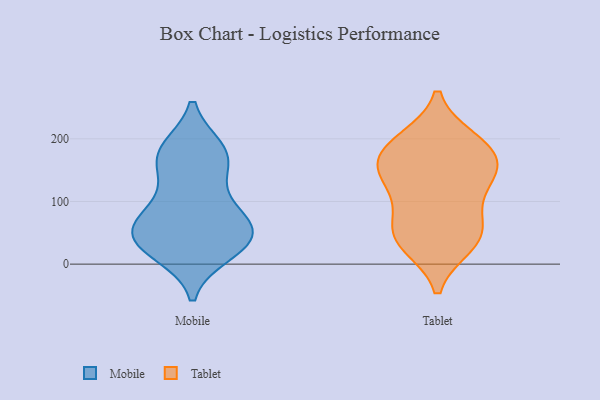
{"axis": {"x": "Churn Rate (%)", "y": "Value"}, "legend": ["Mobile", "Tablet"], "data": [{"x": "", "y": 38, "type": "Mobile"}, {"x": "", "y": 178, "type": "Mobile"}, {"x": "", "y": 52, "type": "Mobile"}, {"x": "", "y": 46, "type": "Mobile"}, {"x": "", "y": 168, "type": "Mobile"}, {"x": "", "y": 72, "type": "Mobile"}, {"x": "", "y": 182, "type": "Mobile"}, {"x": "", "y": 173, "type": "Mobile"}, {"x": "", "y": 33, "type": "Mobile"}, {"x": "", "y": 30, "type": "Mobile"}, {"x": "", "y": 19, "type": "Mobile"}, {"x": "", "y": 77, "type": "Mobile"}, {"x": "", "y": 81, "type": "Mobile"}, {"x": "", "y": 129, "type": "Mobile"}, {"x": "", "y": 182, "type": "Tablet"}, {"x": "", "y": 98, "type": "Tablet"}, {"x": "", "y": 162, "type": "Tablet"}, {"x": "", "y": 135, "type": "Tablet"}, {"x": "", "y": 135, "type": "Tablet"}, {"x": "", "y": 190, "type": "Tablet"}, {"x": "", "y": 47, "type": "Tablet"}, {"x": "", "y": 52, "type": "Tablet"}, {"x": "", "y": 155, "type": "Tablet"}, {"x": "", "y": 44, "type": "Tablet"}, {"x": "", "y": 196, "type": "Tablet"}, {"x": "", "y": 33, "type": "Tablet"}]}